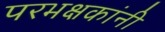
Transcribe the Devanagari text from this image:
परभक्षकांनी